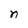
Character: n